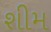
શીમ